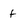
Character: f